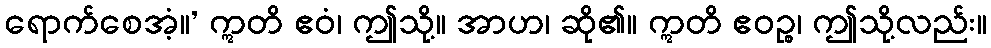
ရောက်စေအံ့။’ ဣတိ ဧဝံ၊ ဤသို့။ အာဟ၊ ဆို၏။ ဣတိ ဧဝဉ္စ၊ ဤသို့လည်း။